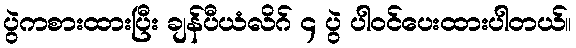
ပွဲကစားထားပြီး ချန်ပီယံလိဂ် ၄ ပွဲ ပါဝင်ပေးထားပါတယ်။